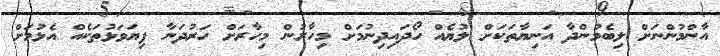
އާންމުންނަށް ލިބެމުންދާ އަނިޔާތަކަށް ލުޔެއް ހޯދައިދިނުމަށް މިހާރުން މިހާރަށް ހަރުދަނާ ފިޔަވަޅުތަކެއް އެޅުމަށް